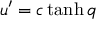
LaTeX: u ^ { \prime } = c \operatorname { t a n h } q